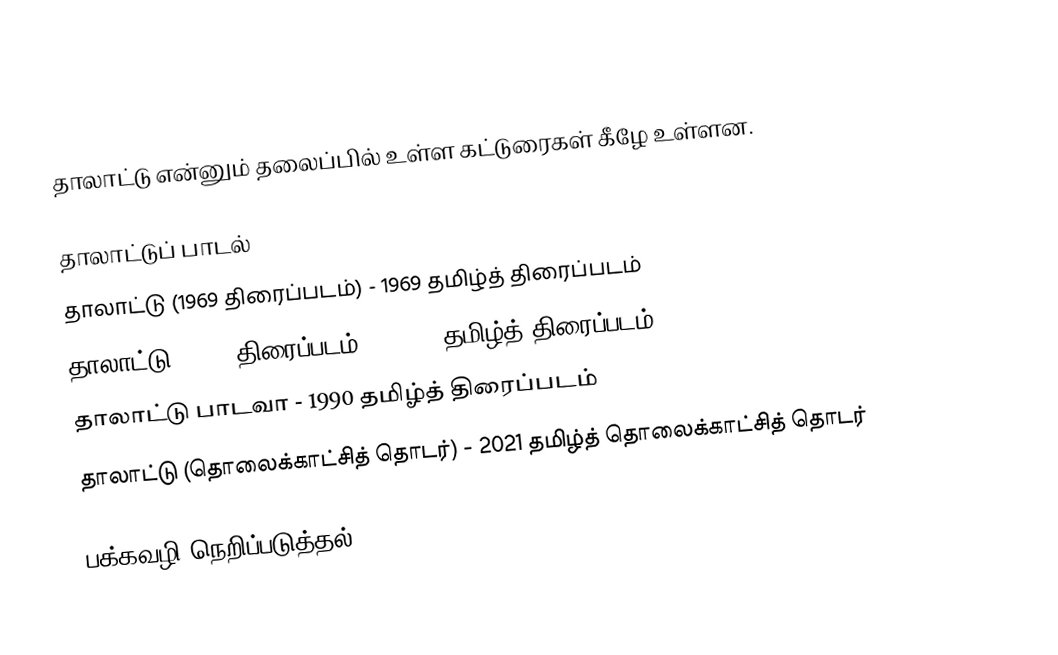
தாலாட்டு என்னும் தலைப்பில் உள்ள கட்டுரைகள் கீழே உள்ளன.

 தாலாட்டுப் பாடல்
 தாலாட்டு (1969 திரைப்படம்) - 1969 தமிழ்த் திரைப்படம்
 தாலாட்டு (1993 திரைப்படம்) - 1993 தமிழ்த் திரைப்படம்
 தாலாட்டு பாடவா - 1990 தமிழ்த் திரைப்படம்
 தாலாட்டு (தொலைக்காட்சித் தொடர்) - 2021 தமிழ்த் தொலைக்காட்சித் தொடர்

பக்கவழி நெறிப்படுத்தல்